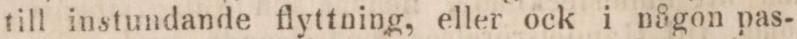
till instundande flyttning, eller ock i någon pas-